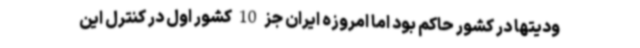
ودیتها در کشور حاکم بود اما امروزه ایران جز 10 کشور اول در کنترل این